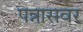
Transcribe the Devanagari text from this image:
पन्नासवर